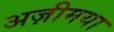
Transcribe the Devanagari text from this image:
अज़ीमया